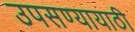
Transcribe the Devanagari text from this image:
उपसण्यायाठी